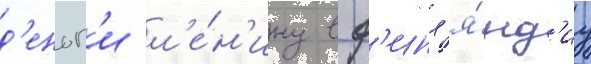
д'еньг'и л'е́н'ину в ф'инл'я́нд'иу